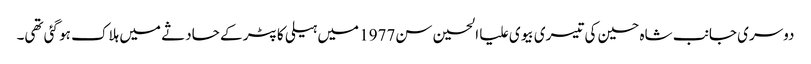
دوسری جانب شاہ حسین کی تیسری بیوی علیا الحسین سن1977 میں ہیلی کاپٹر کے حادثے میں ہلاک ہو گئی تھی۔